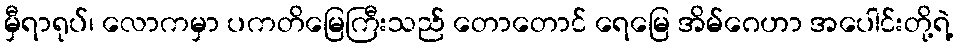
မှီရာရုပ်၊ လောကမှာ ပကတိမြေကြီးသည် တောတောင် ရေမြေ အိမ်ဂေဟာ အပေါင်းတို့ရဲ့